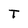
Character: T